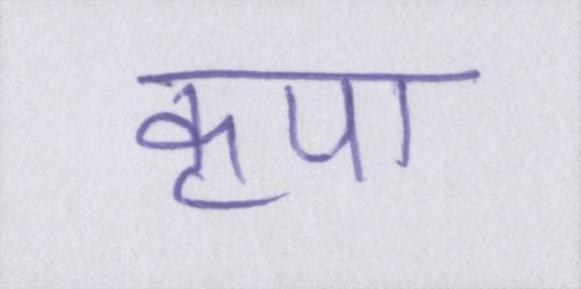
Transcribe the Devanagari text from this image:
कृपा